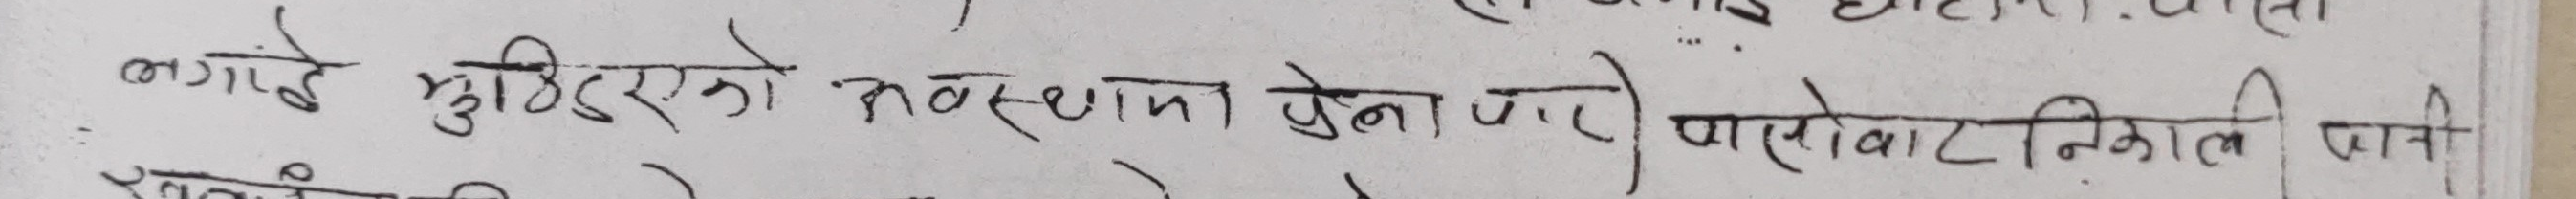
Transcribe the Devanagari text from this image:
लगाए मुछिरहेको अवस्थामा पुगेना) पासेवा निकाल पानी